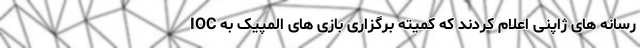
رسانه های ژاپنی اعلام کردند که کمیته برگزاری بازی های المپیک به IOC